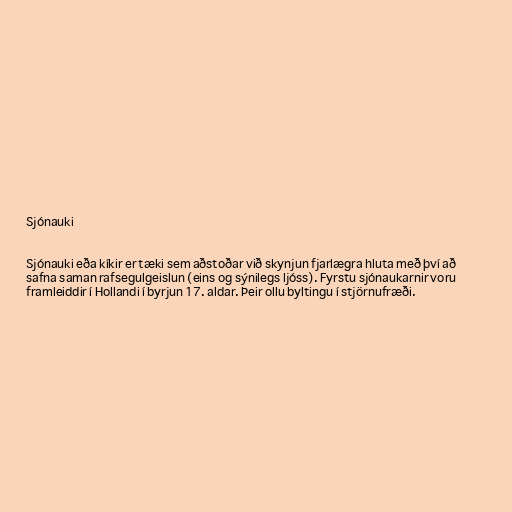
Sjónauki

Sjónauki eða kíkir er tæki sem aðstoðar við skynjun fjarlægra hluta með því að
safna saman rafsegulgeislun (eins og sýnilegs ljóss). Fyrstu sjónaukarnir voru
framleiddir í Hollandi í byrjun 17. aldar. Þeir ollu byltingu í stjörnufræði.